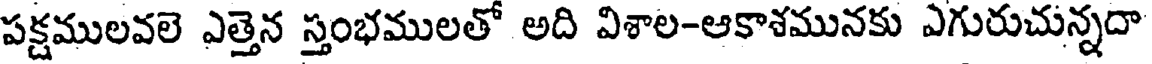
పక్షములవలె ఎత్తెన స్తంభములతో అది విశాల-ఆకాశమునకు ఎగురుచున్నదా